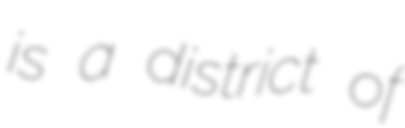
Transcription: is a district of